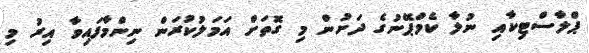
ޕްލާސްޓިކާއި ނުލާ ކެމްޕޭނުގެ ދަށުން މި ގޮތަށް އަމަލުކުރަން ނިންމާފައިވާ އިރު މި